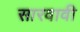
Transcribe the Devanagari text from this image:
सारवावी